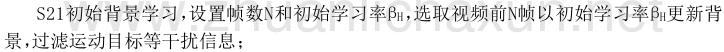
S21初始背景学习，设置帧数$N$和初始学习率$\beta_{H}$，选取视频前$N$帧以初始学习率$\beta_{H}$更新背景，过滤运动目标等干扰信息；